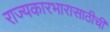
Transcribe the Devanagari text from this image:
राज्यकारभारासाठीची